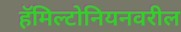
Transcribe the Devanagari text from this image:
हॅमिल्टोनियनवरील